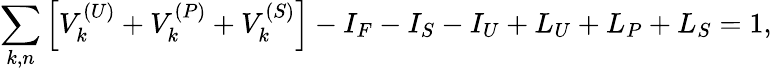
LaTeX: \sum_{k,n}\left[V_{k}^{(U)}+V_{k}^{(P)}+V_{k}^{(S)}\right]-I_{F}-I_{S}-I_{U}+L_{U}+L_{P}+L_{S}=1,